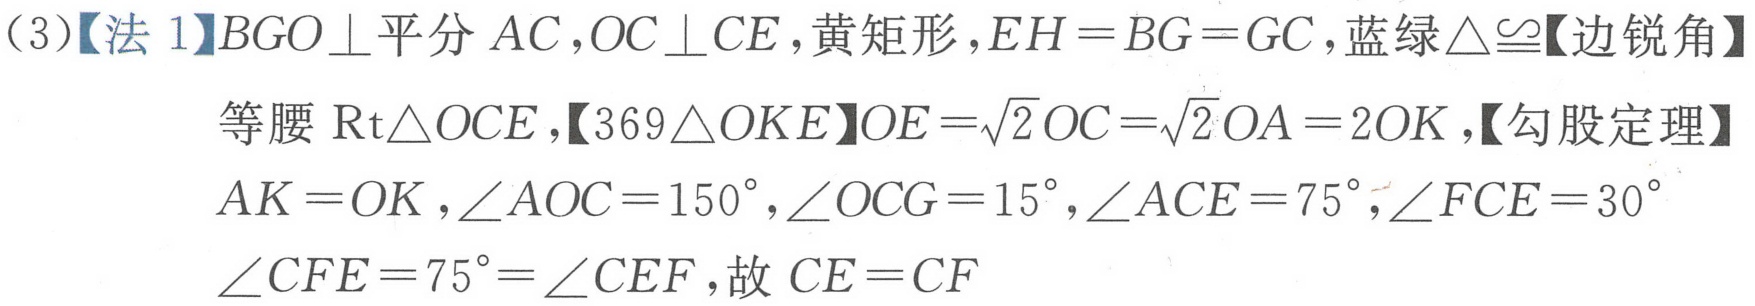
(3)【法 1】$BGO\perp$平分$AC$,$OC\perp CE$,黄矩形,$EH = BG = GC$,蓝绿$\triangle\cong$【边锐角】
等腰$\text{Rt}\triangle OCE$,【$369\triangle OK E$】$OE=\sqrt{2}OC=\sqrt{2}OA = 2OK$,【勾股定理】
$AK = OK$,$\angle AOC = 150^{\circ}$,$\angle OCG = 15^{\circ}$,$\angle ACE = 75^{\circ}$,$\angle FCE = 30^{\circ}$
$\angle CFE = 75^{\circ}=\angle CEF$,故$CE = CF$